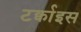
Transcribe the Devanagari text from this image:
टर्क्वाइस